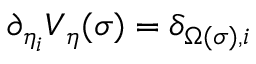
\partial _ { \eta _ { i } } V _ { \boldsymbol { \eta } } ( \sigma ) = \delta _ { \Omega ( \sigma ) , i }